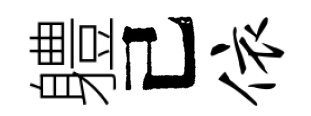
軆己依